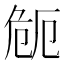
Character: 𭅻